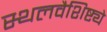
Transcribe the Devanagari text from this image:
स्थलवैशिष्ट्ये